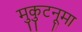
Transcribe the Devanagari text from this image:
मुकुटनूमा